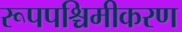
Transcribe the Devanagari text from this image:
रूपपश्चिमीकरण